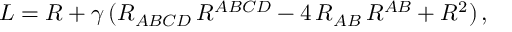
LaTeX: { \cal L } = R + \gamma \, ( R _ { A B C D } \, R ^ { A B C D } - 4 \, R _ { A B } \, R ^ { A B } + R ^ { 2 } ) \, ,